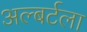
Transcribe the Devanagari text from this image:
अल्बर्टला